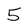
Character: 5